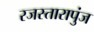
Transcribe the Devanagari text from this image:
रजस्तारापुंज